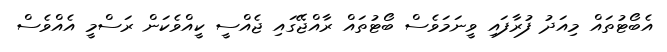
އެބޯޓުތައް މިއަދު ފުރާފައި ވީނަމަވެސް ބޯޓުތައް ރާއްޖޭގައި ޖެއްސީ ކީއްވެކަން ރަސްމީ އެއްވެސް